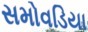
સમોવડિયા